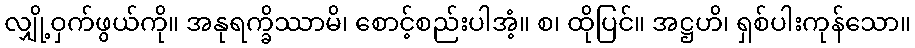
လျှို့ဝှက်ဖွယ်ကို။ အနုရက္ခိဿာမိ၊ စောင့်စည်းပါအံ့။ စ၊ ထိုပြင်။ အဋ္ဌဟိ၊ ရှစ်ပါးကုန်သော။